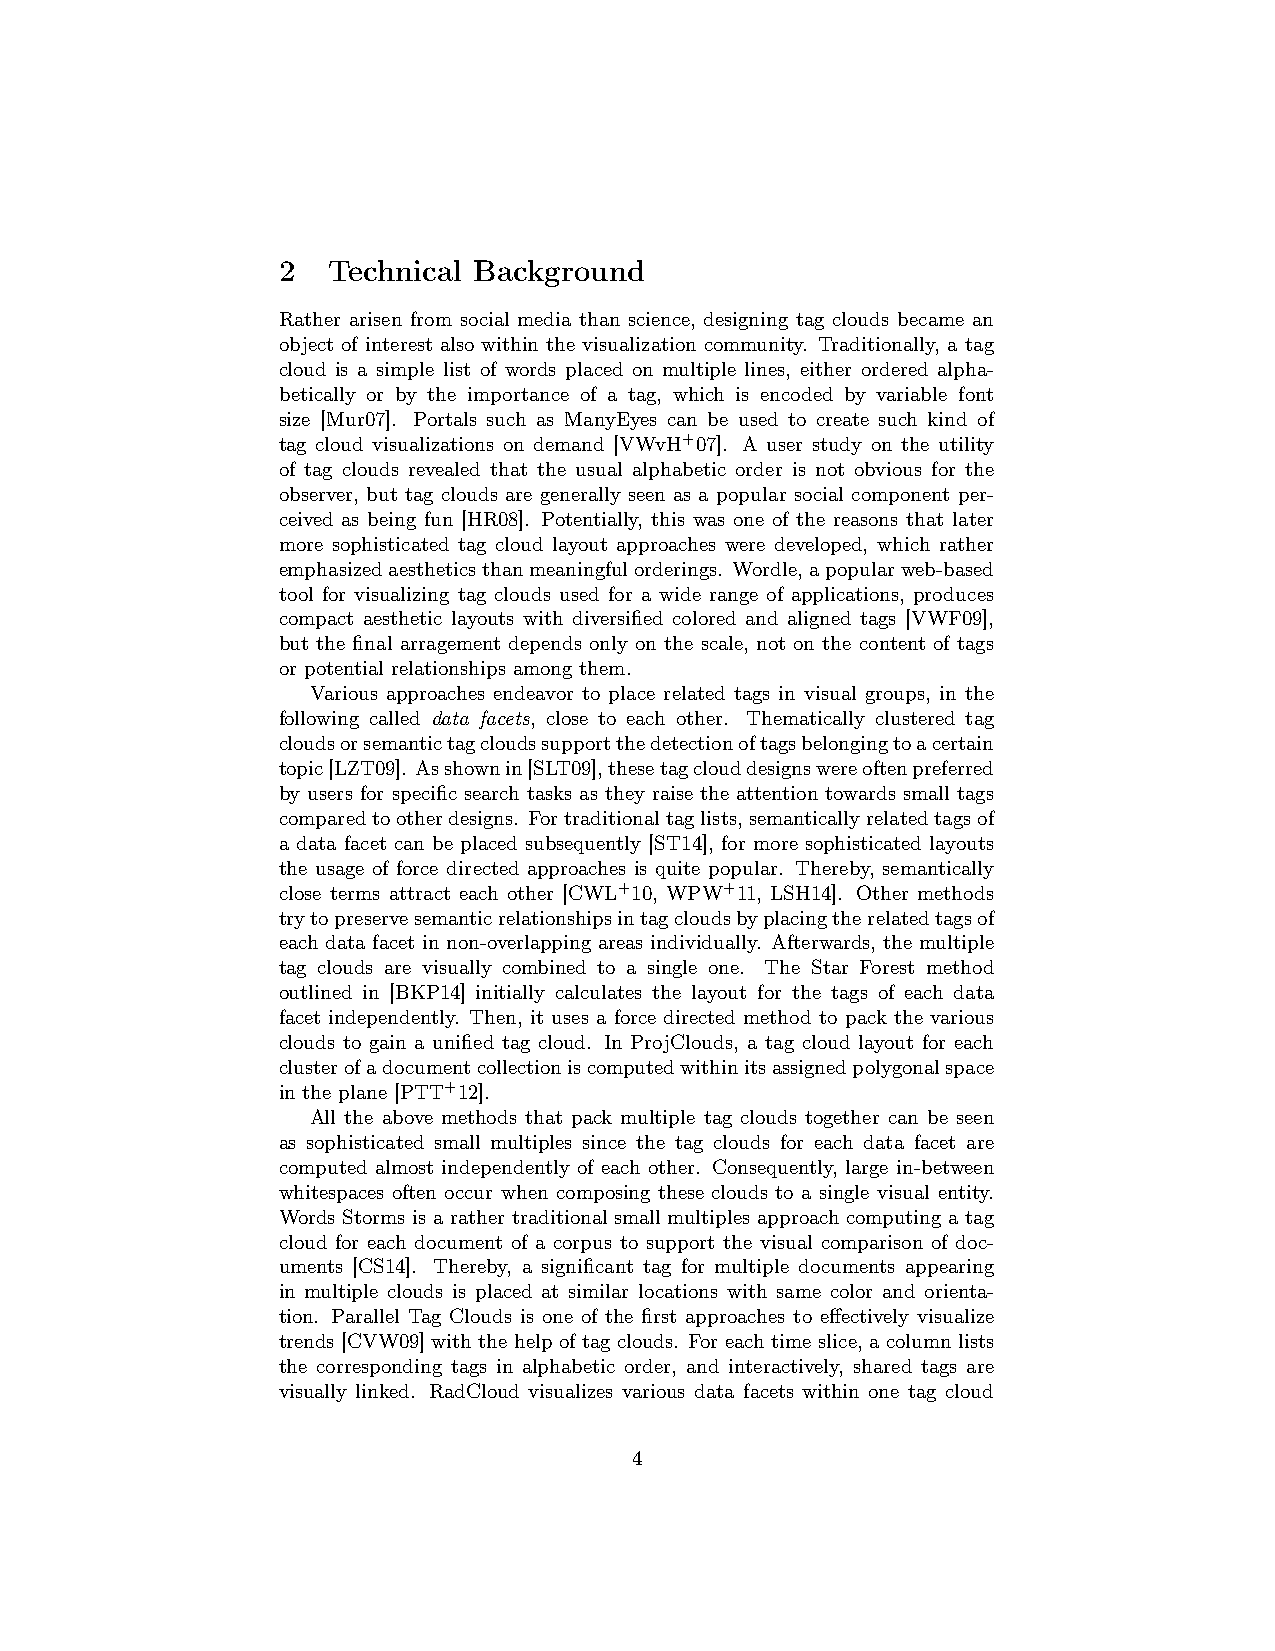
2   Technical Background
 Rather arisen from social media than science, designing tag clouds became an
 object of interest also within the visualization community. Traditionally, a tag
 cloud is a simple list of words placed on multiple lines, either ordered alpha-
 betically or by the importance of a tag, which is encoded by variable font
 size [Mur07]. Portals such as ManyEyes can be used to create such kind of
 tag cloud visualizations on demand [VWvH+07]. A user study on the utility
 of tag clouds revealed that the usual alphabetic order is not obvious for the
 observer, but tag clouds are generally seen as a popular social component per-
 ceived as being fun [HR08]. Potentially, this was one of the reasons that later
 more sophisticated tag cloud layout approaches were developed, which rather
 emphasizedaestheticsthanmeaningfulorderings. Wordle,apopularweb-based
 tool for visualizing tag clouds used for a wide range of applications, produces
 compact aesthetic layouts with diversified colored and aligned tags [VWF09],
 but the final arragement depends only on the scale, not on the content of tags
 or potential relationships among them.
 Various approaches endeavor to place related tags in visual groups, in the
 following called data facets, close to each other. Thematically clustered tag
 cloudsorsemantictagcloudssupportthedetectionoftagsbelongingtoacertain
 topic[LZT09]. Asshownin[SLT09],thesetagclouddesignswereoftenpreferred
 by users for specific search tasks as they raise the attention towards small tags
 comparedtootherdesigns. Fortraditionaltaglists,semanticallyrelatedtagsof
 a data facet can be placed subsequently [ST14], for more sophisticated layouts
 the usage of force directed approaches is quite popular. Thereby, semantically
 close terms attract each other [CWL+10, WPW+11, LSH14]. Other methods
 trytopreservesemanticrelationshipsintagcloudsbyplacingtherelatedtagsof
 each data facet in non-overlapping areas individually. Afterwards, the multiple
 tag clouds are visually combined to a single one. The Star Forest method
 outlined in [BKP14] initially calculates the layout for the tags of each data
 facet independently. Then, it uses a force directed method to pack the various
 clouds to gain a unified tag cloud. In ProjClouds, a tag cloud layout for each
 clusterofadocumentcollectioniscomputedwithinitsassignedpolygonalspace
 in the plane [PTT+12].
 All the above methods that pack multiple tag clouds together can be seen
 as sophisticated small multiples since the tag clouds for each data facet are
 computed almost independently of each other. Consequently, large in-between
 whitespaces often occur when composing these clouds to a single visual entity.
 Words Storms is a rather traditional small multiples approach computing a tag
 cloud for each document of a corpus to support the visual comparison of doc-
 uments [CS14]. Thereby, a significant tag for multiple documents appearing
 in multiple clouds is placed at similar locations with same color and orienta-
 tion. Parallel Tag Clouds is one of the first approaches to effectively visualize
 trends [CVW09] with the help of tag clouds. For each time slice, a column lists
 the corresponding tags in alphabetic order, and interactively, shared tags are
 visually linked. RadCloud visualizes various data facets within one tag cloud
 4